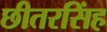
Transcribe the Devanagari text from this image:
छीतरसिंह